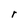
Character: r